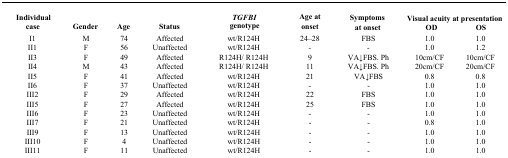
<table><thead><tr><td rowspan="2"><b>Individual case</b></td><td rowspan="2"><b>Gender</b></td><td rowspan="2"><b>Age</b></td><td rowspan="2"><b>Status</b></td><td rowspan="2"><b><i>TGFBI</i> genotype</b></td><td rowspan="2"><b>Age at onset</b></td><td rowspan="2"><b>Symptoms at onset</b></td><td colspan="2"><b>Visual acuity at presentation</b></td></tr><tr><td><b>OD</b></td><td><b>OS</b></td></tr></thead><tbody><tr><td>I1</td><td>M</td><td>74</td><td>Affected</td><td>wt/R124H</td><td>24–28</td><td>FBS</td><td>1.0</td><td>1.0</td></tr><tr><td>II1</td><td>F</td><td>56</td><td>Unaffected</td><td>wt/R124H</td><td>-</td><td>-</td><td>1.0</td><td>1.2</td></tr><tr><td>II3</td><td>F</td><td>49</td><td>Affected</td><td>R124H/ R124H</td><td>9</td><td>VA↓FBS. Ph</td><td>10cm/CF</td><td>10cm/CF</td></tr><tr><td>II4</td><td>M</td><td>43</td><td>Affected</td><td>R124H/ R124H</td><td>11</td><td>VA↓FBS. Ph</td><td>20cm/CF</td><td>20cm/CF</td></tr><tr><td>II5</td><td>F</td><td>41</td><td>Affected</td><td>wt/R124H</td><td>21</td><td>VA↓FBS</td><td>0.8</td><td>0.8</td></tr><tr><td>II6</td><td>F</td><td>37</td><td>Unaffected</td><td>wt/R124H</td><td>-</td><td>-</td><td>1.0</td><td>1.0</td></tr><tr><td>III2</td><td>F</td><td>29</td><td>Affected</td><td>wt/R124H</td><td>22</td><td>FBS</td><td>1.0</td><td>1.0</td></tr><tr><td>III5</td><td>F</td><td>27</td><td>Affected</td><td>wt/R124H</td><td>25</td><td>FBS</td><td>1.0</td><td>1.0</td></tr><tr><td>III6</td><td>F</td><td>23</td><td>Unaffected</td><td>wt/R124H</td><td>-</td><td>-</td><td>1.0</td><td>1.0</td></tr><tr><td>III7</td><td>F</td><td>21</td><td>Unaffected</td><td>wt/R124H</td><td>-</td><td>-</td><td>0.8</td><td>1.0</td></tr><tr><td>III9</td><td>F</td><td>13</td><td>Unaffected</td><td>wt/R124H</td><td>-</td><td>-</td><td>1.0</td><td>1.0</td></tr><tr><td>III10</td><td>F</td><td>4</td><td>Unaffected</td><td>wt/R124H</td><td>-</td><td>-</td><td>1.0</td><td>1.0</td></tr><tr><td>III11</td><td>F</td><td>11</td><td>Unaffected</td><td>wt/R124H</td><td>-</td><td>-</td><td>1.0</td><td>1.0</td></tr></tbody></table>